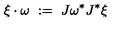
\xi \cdot \omega \ : = \ J \omega ^ { * } J ^ { * } \xi